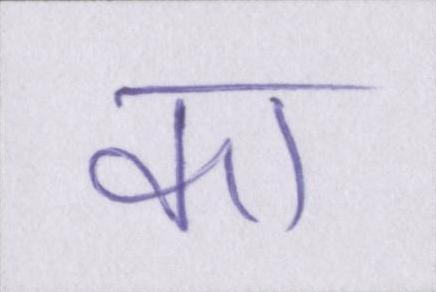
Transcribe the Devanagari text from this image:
का